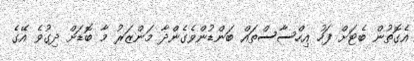
އެގޮތުން ބެޓަށް ފަހު އިހްސާސްތައް ބަންޑުންވެގެންދާ މަންޒަރު މާ ބޮޑަށް ދިގުވެ އޭގެ